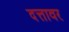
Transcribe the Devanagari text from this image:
दत्तावर